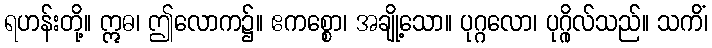
ရဟန်းတို့။ ဣဓ၊ ဤလောက၌။ ဧကစ္စော၊ အချို့သော။ ပုဂ္ဂလော၊ ပုဂ္ဂိုလ်သည်။ သကိံ၊